system: You are a helpful assistant.
user:
Analyze the provided spectrum to determine if it is a **M-type Giant (gM)**.

A M-type Giant spectrum is defined by its **strong molecular absorption** features, particularly from **Titanium Oxide (TiO)**. You must check for one of the following mutually exclusive signatures:

- **Key Visual Indicators (Absorption-Dominated Spectrum):**

    - **(Primary):** The spectrum is dominated by strong molecular absorption from **Titanium Oxide (TiO)**. This is the **defining feature** of its M-type temperature class.
        - **(Key Bandheads):** Look for sharp, "saw-tooth" absorption valleys. The strongest are located near **~7050 Å**, **~6160 Å**, and **~5170 Å**.
        - **(Line Profile):** The "saw-tooth" morphology is critical: a **sharp, steep drop on the BLUE (short-wavelength) side** of the bandhead, followed by a gradual recovery (rising flux) towards the RED (long-wavelength) side.

    - **(Key Confirmation - Giant vs. Dwarf):** **ABSENCE** of strong **Calcium Hydride (CaH)** molecular bands. This is the primary diagnostic for *excluding* M-dwarfs.
        - **(Key Region):** The spectrum should lack the strong, broad absorption band seen in dwarfs between **~6800 Å and ~7000 Å**.

    - **(Secondary Confirmation - Giant):** A very strong and broad **Neutral Calcium (Ca I)** atomic absorption line.
        - **(Key Line):** Located at **~4226 Å**. In a giant (gM), this line is significantly deeper and broader than the same line in an M-dwarf (dM) due to low surface gravity.

    - **(Overall Spectrum):**
        - The continuum is **extremely red-sloping** (i.e., flux is very low in the blue and rises dramatically towards the red).
        - The entire spectrum appears "chopped up" by the deep TiO bands.

Think first, call **spectral_visualization_tool** if needed to examine features in detail, then provide your final answer. Your response must adhere to the following strict rules:
1.  **Overall Structure:** Your response must follow the format `<think>...</think> <tool_call>...</tool_call> (if a tool is used) <answer>...</answer>`.
2.  **Tool Usage Constraint:** You may only make **one** tool call per turn.
3.  **Final Answer Format:** In the `<answer>` tag, your conclusion must be inside a `\boxed{}` command (e.g., `\boxed{YES}` or `\boxed{NO}`), followed by your justification.

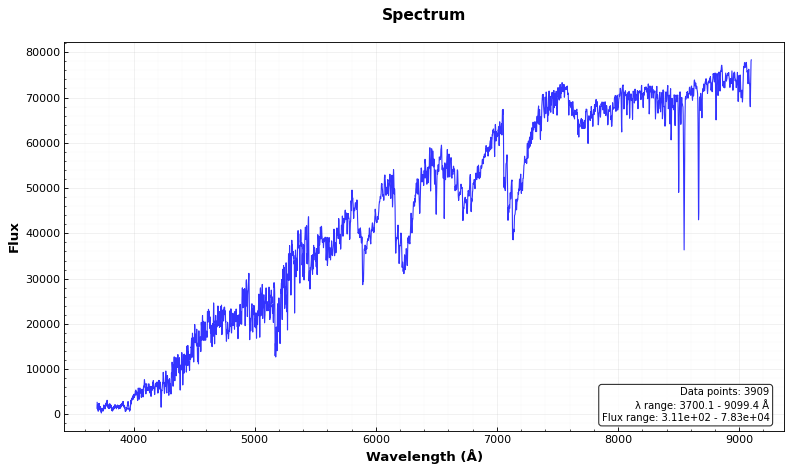
Answer: YES